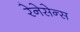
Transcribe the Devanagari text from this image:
रेनेसेन्स